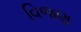
વિજણ